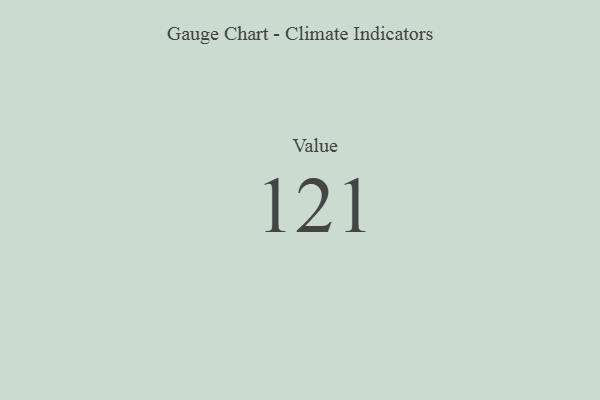
{"axis": {"x": "Metric", "y": "Value"}, "legend": [""], "data": [{"x": "Value", "y": 121, "type": ""}]}